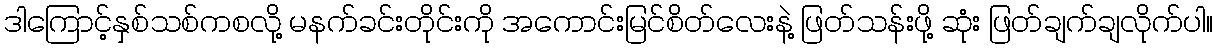
ဒါကြောင့်နှစ်သစ်ကစလို့ မနက်ခင်းတိုင်းကို အကောင်းမြင်စိတ်လေးနဲ့ ဖြတ်သန်းဖို့ ဆုံး ဖြတ်ချက်ချလိုက်ပါ။